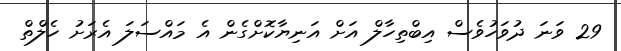
29 ވަނަ ދުވަހުވެސް އިބްތިހާލް އަށް އަނިޔާކޮށްގެން އެ މައްސަލަ އެރަށު ހެލްތް